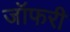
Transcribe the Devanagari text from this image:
जॉफरी